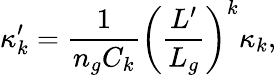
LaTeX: \kappa_{k}^{\prime}=\frac{1}{n_{g}C_{k}}\left(\frac{L^{\prime}}{L_{g}}\right)^{k}\kappa_{k},